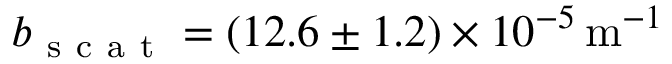
b _ { \mathrm { ~ s ~ c ~ a ~ t ~ } } = ( 1 2 . 6 \pm 1 . 2 ) \times 1 0 ^ { - 5 } \, \mathrm { m } ^ { - 1 }